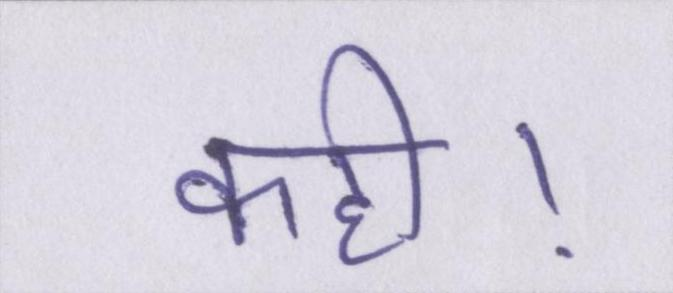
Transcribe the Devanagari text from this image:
कही।